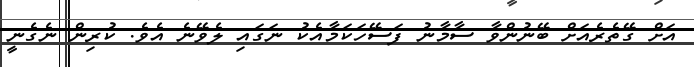
އަށް ގޭތެރެއަށް ބޭނުންވާ ސާމާނު ފަސޭހަކަމާއެކު ނަގައި ލެވޭނެ އެވެ. ކުރިން ނެގެނީ